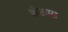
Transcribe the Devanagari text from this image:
शंखास